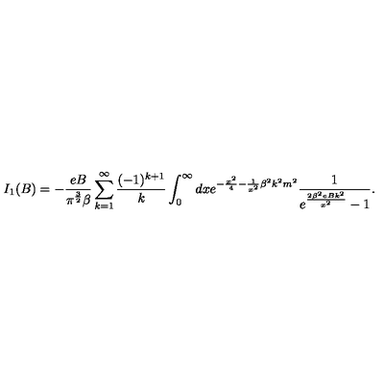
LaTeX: I _ { 1 } ( B ) = - \frac { e B } { { \pi } ^ { \frac { 3 } { 2 } } \beta } \sum _ { k = 1 } ^ { \infty } \frac { ( - 1 ) ^ { k + 1 } } { k } \int _ { 0 } ^ { \infty } d x e ^ { - \frac { x ^ { 2 } } { 4 } - \frac { 1 } { x ^ { 2 } } \beta ^ { 2 } k ^ { 2 } m ^ { 2 } } \frac { 1 } { e ^ { \frac { 2 \beta ^ { 2 } e B k ^ { 2 } } { x ^ { 2 } } } - 1 } .